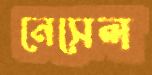
নেসেল